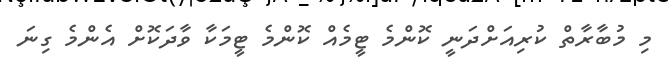
މި މުބާރާތް ކުރިއަށްދަނީ ކޮންމެ ޓީމެއް ކޮންމެ ޓީމަކާ ވާދަކޮށް އެންމެ ގިނަ